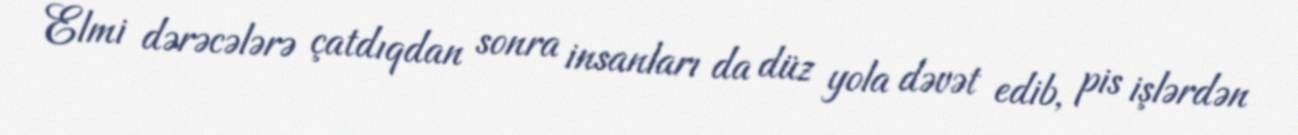
Elmi dərəcələrə çatdıqdan sonra insanları da düz yola dəvət edib, pis işlərdən